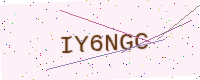
Text: IY6NGC